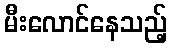
မီးလောင်နေသည့်